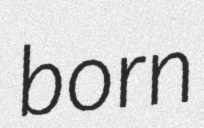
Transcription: born